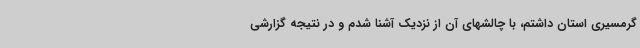
گرمسیری استان داشتم، با چالشهای آن از نزدیک آشنا شدم و در نتیجه گزارشی